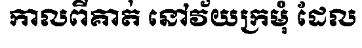
កាលពីគាត់ នៅវ័យក្រមុំ ដែល